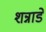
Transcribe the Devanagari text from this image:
शन्नाडे